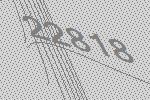
22818